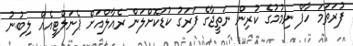
ފުރަތަމަ ހާފް ނިމުމުގެ ކުރިން ނަތީޖާގެ ފަރަގު ކުޑަކޮށްލަން ރެއާލްއަށް ޕެނަލްޓީއެއް ލިބުނު